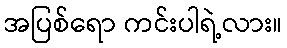
အပြစ်ရော ကင်းပါရဲ့လား။